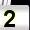
Digit: 2